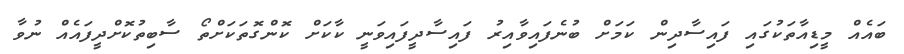
ބައެއް މީޑިއާތަކުގައި ފައިސާދިން ކަމަށް ބުނެފައިވާއިރު ފައިސާދީފައިވަނީ ކާކަށް ކޮންގޮތަކަށްތޯ ސާބިތުކޮށްދީފައެއް ނުވާ